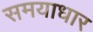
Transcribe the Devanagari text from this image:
समयाधार